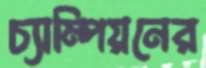
চ্যাম্পিয়নের